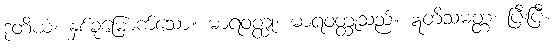
ဒုတိယံ၊ နှစ်ခုမြောက်သော။ မာရဝတ္ထု၊ မာရဝတ္ထုသည်။ ဣတိသမတ္တံ၊ ပြီးပြီ။